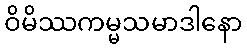
ဝိမိဿကမ္မသမာဒါနော